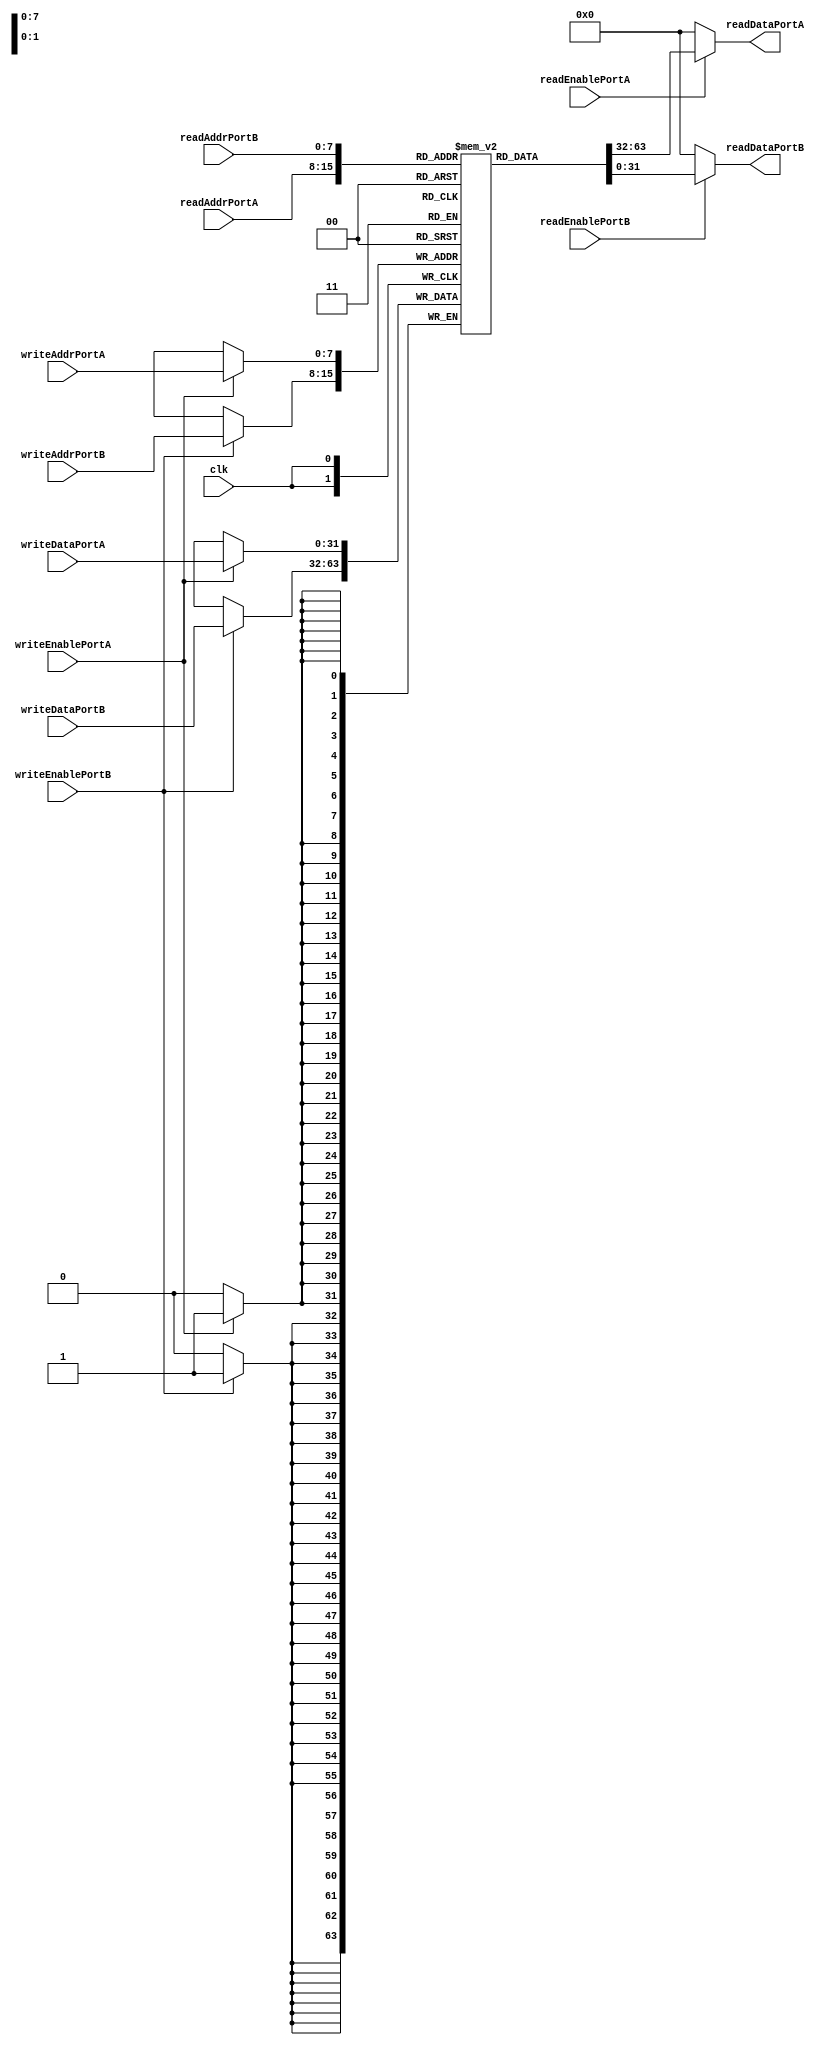
module DualPortRegisterFile (
  input wire clk,
  input wire [7:0] readAddrPortA,
  input wire readEnablePortA,
  output wire [31:0] readDataPortA,
  input wire [7:0] readAddrPortB,
  input wire readEnablePortB,
  output wire [31:0] readDataPortB,
  input wire [7:0] writeAddrPortA,
  input wire writeEnablePortA,
  input wire [31:0] writeDataPortA,
  input wire [7:0] writeAddrPortB,
  input wire writeEnablePortB,
  input wire [31:0] writeDataPortB
);

reg [31:0] registerFile [0:255];

always @(posedge clk) begin
  if (writeEnablePortA) begin
    registerFile[writeAddrPortA] <= writeDataPortA;
  end
  
  if (writeEnablePortB) begin
    registerFile[writeAddrPortB] <= writeDataPortB;
  end
end

assign readDataPortA = readEnablePortA ? registerFile[readAddrPortA] : 32'h0;
assign readDataPortB = readEnablePortB ? registerFile[readAddrPortB] : 32'h0;

endmodule